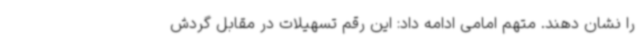
را نشان دهند. متهم امامی ادامه داد: این رقم تسهیلات در مقابل گردش